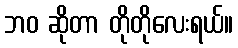
ဘဝ ဆိုတာ တိုတိုလေးရယ်။